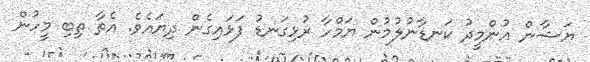
ޔަޝާން އުންމީދު ކަނޑާނުލުމުން ޔަމްހާ ރުޅިގަނޑު ފަޅައިގެން ދިޔައެވެ. އެތާ ތިބި މީހުން